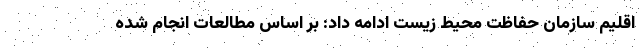
اقلیم سازمان حفاظت محیط زیست ادامه داد: بر اساس مطالعات انجام شده